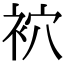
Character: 袕